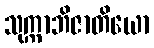
သုက္ကာဘိဇာတိယော